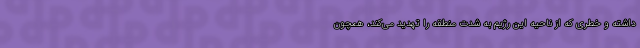
داشته و خطری که از ناحیه این رژیم به شدت منطقه را تهدید می‌کند، همچون